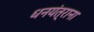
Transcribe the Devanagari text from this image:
धनयंत्राना